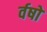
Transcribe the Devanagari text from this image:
र्वषों